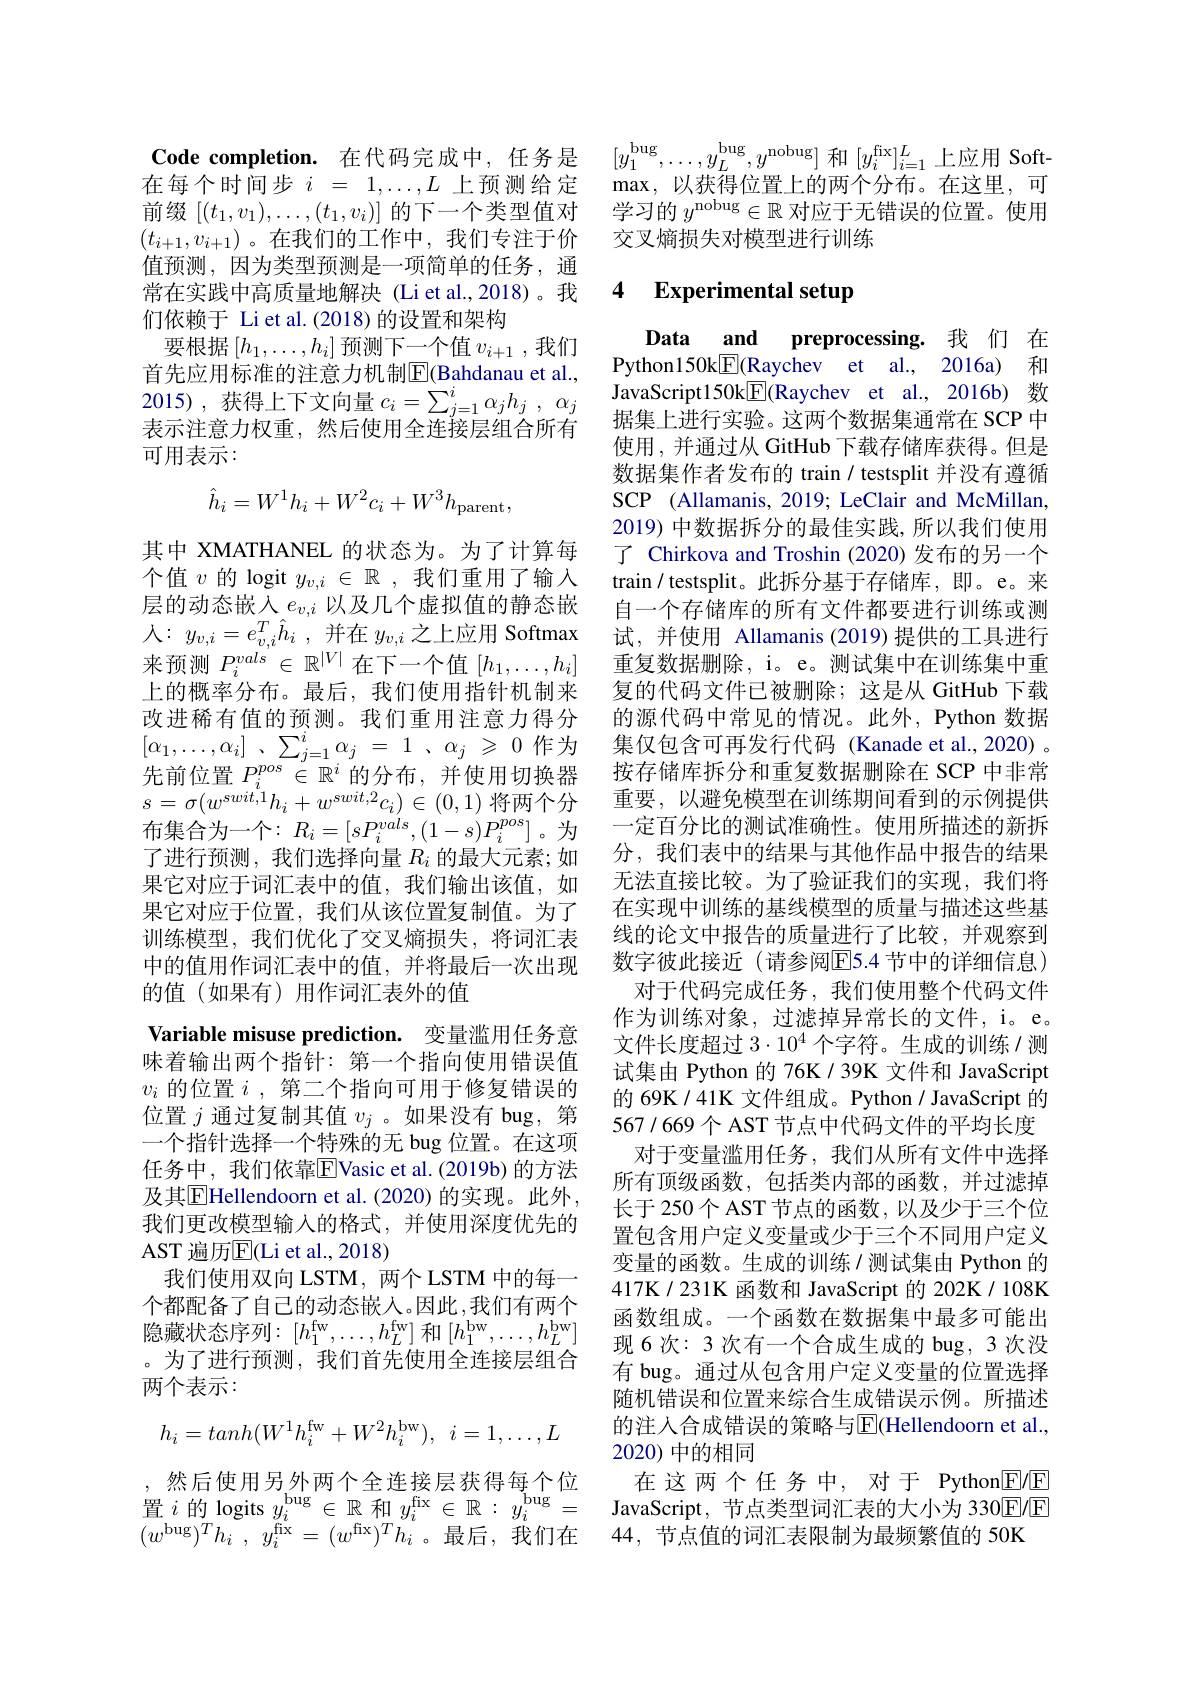
Code completion. 在代码完成中，任务是在每个时间步$i=1,\ldots,L$上预测给定前缀$[(t_1,v_1),\ldots,(t_1,v_i)]$的下一个类型值对$(t_{i+1},v_{i+1})$ 。在我们的工作中，我们专注于价值预测，因为类型预测是一项简单的任务，通常在实践中高质量地解决 (Li et al.,2018)。我们依赖于 Li et al.(2018)的设置和架构
要根据$\left[h_1,\ldots,h_i\right]$预测下一个值$v_i+1$,我们首先应用标准的注意力机制$\overline{\mathrm{E}}($Bahdanau et al., 2015) ,获得上下文向量$c_i= \sum _j= 1^i\alpha _jh_j$ , $\alpha _j$ 表示注意力权重，然后使用全连接层组合所有可用表示：
$$\hat{h}_{i}=W^{1}h_{i}+W^{2}c_{i}+W^{3}h_{\mathrm{parent}},$$
其中 XMATHANEL 的状态为。为了计算每个值$v$的 logit $y_{v,i}\in\mathbb{R}$ ,我们重用了输入层的动态嵌入$e_{v,i}$以及几个虚拟值的静态嵌人：$y_{v, i}= e_{v, i}^{T}\hat{h} _{i}$ ,并在$y_v,i$之上应用 Softmax 来预测$P_i^{vals}\in\mathbb{R}^{|V|}$在下一个值$[h_1,\ldots,h_i]$ 上的概率分布。最后，我们使用指针机制来改进稀有值的预测。我们重用注意力得分$[ \alpha _{1}, \ldots , \alpha _{i}]$ , $\sum _{j= 1}^{i}\alpha _{j}$ = 1 , $\alpha _{j}$ $\geqslant$ 0作为先前位置$P_i^{pos}\in\mathbb{R}^i$的分布，并使用切换器$s=\sigma(w^{swit,1}h_{i}+w^{swit,2}c_{i})\in(0,1)$将两个分布集合为一个：$R_i= [ sP_{i}^{vals}, ( 1- s) P_{i}^{pos}]$。为了进行预测，我们选择向量$R_i$的最大元素；如果它对应于词汇表中的值，我们输出该值，如果它对应于位置，我们从该位置复制值。为了训练模型，我们优化了交叉熵损失，将词汇表中的值用作词汇表中的值，并将最后一次出现的值(如果有)用作词汇表外的值
Variable misuse prediction. 变量滥用任务意味着输出两个指针：第一个指向使用错误值$v_i$的位置$i$ ,第二个指向可用于修复错误的位置$j$通过复制其值$v_j$ 。如果没有 bug,第一个指针选择一个特殊的无 bug 位置。在这项任务中，我们依靠$\overline{\mathrm{E}}$Vasic et al.(2019b)的方法及其$\overline{\mathrm{E}}$Hellendoorn et al.(2020)的实现。此外， 我们更改模型输入的格式，并使用深度优先的AST 遍历$\overline{\mathrm{E}}($Li et al., 2018)
我们使用双向 LSTM, 两个 LSTM 中的每一个都配备了自己的动态嵌入。因此，我们有两个隐藏状态序列：$[h_1^\mathrm{fw},\ldots,h_L^\mathrm{fw}]$和$[h_1^\mathrm{bw},\ldots,h_L^\mathrm{bw}]$ 。为了进行预测，我们首先使用全连接层组合两个表示：
$$h_{i}=tanh(W^{1}h_{i}^{\mathrm{fw}}+W^{2}h_{i}^{\mathrm{bw}}),\:i=1,\ldots,L$$
,然后使用另外两个全连接层获得每个位$( w^{\mathrm{bug}}) ^{T}h_{i}$ , $y_{i}^{\mathrm{fix}}= ( w^{\mathrm{fix}}) ^{T}h_{i}$。最后，我们在

$[y_1^\mathrm{bug},\ldots,y_L^\mathrm{bug},y^\mathrm{nobug}]$ 和$[y_i^\mathrm{fix}]_{i=1}^L$上应用 Softmax, $\bar{以 获 得 位 置 上 的 两 个 分 布 。在 这 里 , 可 }$ 学习的$y^\mathrm{nobug}\in \mathbb{R}$对应于无错误的位置。使用交叉熵损失对模型进行训练

### 4 $\textbf{Experimental setur}$

Data
and preprocessing. 我 们 在
Python150k$\boxed{\mathrm{F}}($Raychev et al., 2016a) 和JavaScript150k$\boxed{\mathrm{F}}$(Raychev et al., 2016b) 数据集上进行实验。这两个数据集通常在 SCP 中使用，并通过从 GitHub 下载存储库获得。但是数据集作者发布的 train / testsplit 并没有遵循SCP (Allamanis, 2019; LeClair and McMillan, 2019) 中数据拆分的最佳实践，所以我们使用了 Chirkova and Troshin (2020)发布的另一个train/ testsplit。此拆分基于存储库，即。e。来自一个存储库的所有文件都要进行训练或测试，并使用 Allamanis(2019)提供的工具进行重复数据删除，i。e。测试集中在训练集中重复的代码文件已被删除；这是从 GitHub 下载的源代码中常见的情况。此外，Python 数据集仅包含可再发行代码 (Kanade et al.,2020) 。按存储库拆分和重复数据删除在 SCP 中非常重要，以避免模型在训练期间看到的示例提供一定百分比的测试准确性。使用所描述的新拆分，我们表中的结果与其他作品中报告的结果无法直接比较。为了验证我们的实现，我们将在实现中训练的基线模型的质量与描述这些基线的论文中报告的质量进行了比较，并观察到数字彼此接近(请参阅$\overline{\mathrm{E}}$5.4 节中的详细信息)
对于代码完成任务，我们使用整个代码文件作为训练对象，过滤掉异常长的文件，i。e。文件长度超过$3\cdot10^4$个字符。生成的训练/测试集由 Python 的 76K / 39K 文件和 JavaScript 的 69K / 41K 文件组成。Python / JavaScript 的567/669个 AST 节点中代码文件的平均长度
对于变量滥用任务，我们从所有文件中选择所有顶级函数，包括类内部的函数，并过滤掉长于 250个 AST 节点的函数，以及少于三个位置包含用户定义变量或少于三个不同用户定义变量的函数。生成的训练/测试集由 Python 的417K/231K 函数和 JavaScript 的 202K/ 108K 函数组成。一个函数在数据集中最多可能出现 6次：3 次有一个合成生成的 bug, 3 次没有 bug。通过从包含用户定义变量的位置选择随机错误和位置来综合生成错误示例。所描述的注人合成错误的策略与$\overline{\mathrm{E}}($Hellendoorn et al., 2020) 中的相同
在这两个任务中，对于 Python$\underline{E}/\underline{E}$
置$i$的 logits $y_i^\mathrm{bug}\in \mathbb{R}$和$y_i^\mathrm{fix}\in \mathbb{R} : y_i^\mathrm{bug}=$ JavaScript,节点类型词汇表的大小为 330E/E
44,节点值的词汇表限制为最频繁值的 50K